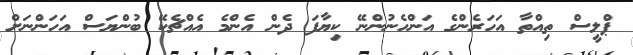
ޕްލީސް ތިއްތާ އަހަރެންގެ އަންހެނުންނޭ ކިޔާފަ ދެން އެންމެ އެއްޗެކޭ ބުންޔަސް އަހަންނަށް